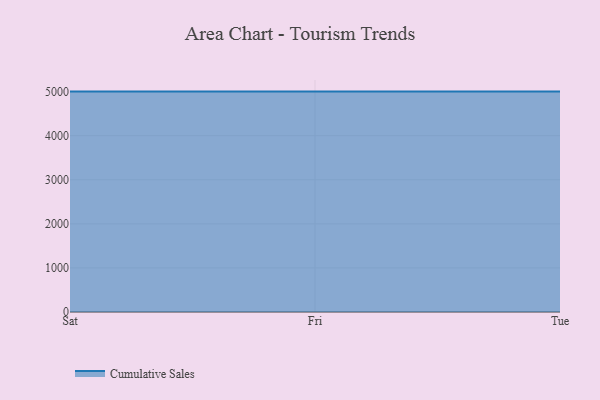
{"axis": {"x": "Day", "y": "Temperature (°C)"}, "legend": ["Cumulative Sales"], "data": [{"x": "Sat", "y": 5000, "type": "Cumulative Sales"}, {"x": "Fri", "y": 5000, "type": "Cumulative Sales"}, {"x": "Tue", "y": 5000, "type": "Cumulative Sales"}]}